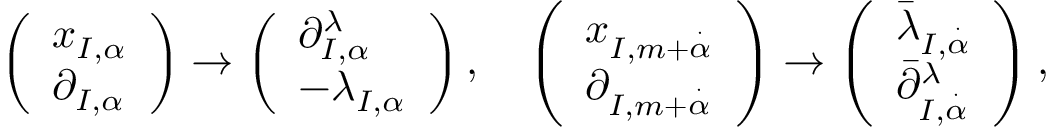
\left( \begin{array} { l } { x _ { I , \alpha } } \\ { \partial _ { I , \alpha } } \end{array} \right) \rightarrow \left( \begin{array} { l } { \partial _ { I , \alpha } ^ { \lambda } } \\ { - \lambda _ { I , \alpha } } \end{array} \right) , \ \ \ \left( \begin{array} { l } { x _ { I , m + \stackrel { \cdot } \alpha } } \\ { \partial _ { I , m + \stackrel { \cdot } \alpha } } \end{array} \right) \rightarrow \left( \begin{array} { l } { \bar { \lambda } _ { I , \stackrel { \cdot } \alpha } } \\ { \bar { \partial } _ { I , \stackrel { \cdot } \alpha } ^ { \lambda } } \end{array} \right) ,